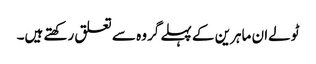
ٹولےان ماہرین کے پہلے گروہ سے تعلق رکھتے ہیں۔